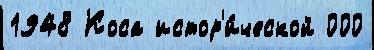
1948 Коса истор'и́ческой 000